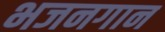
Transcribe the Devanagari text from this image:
भजनगान